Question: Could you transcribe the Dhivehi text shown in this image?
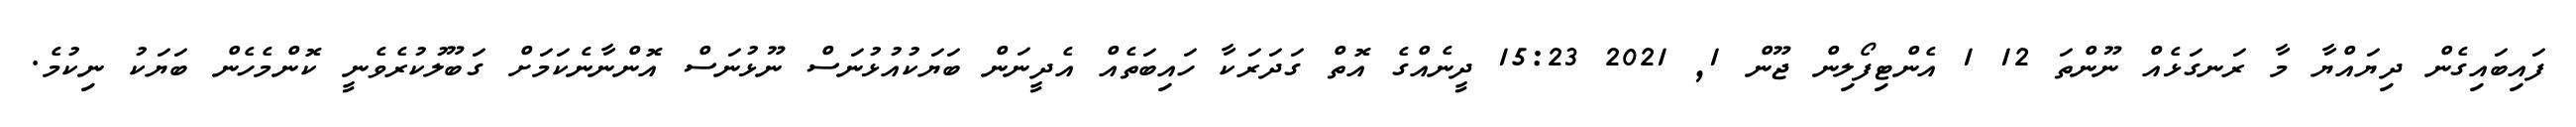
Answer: ފައިބައިގެން ދިޔައްޔާ މާ ރަނގަޅެއް ނޫންތަ 12 1 އެންޓިފޯލިން ޖޫން 1, 2021 15:23 ދީނެއްގެ އޮތް ގަދަރަކާ ހައިބަތެއް އެދީނަން ބަޔަކުއުޅުނަސް ނޫޅުނަސް އޮންނާނެކަމަށް ގަބޫލުކުރެވެނީ ކޮންމެހެން ބަޔަކު ނިކުމެ.